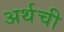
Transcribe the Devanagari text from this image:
अर्थची